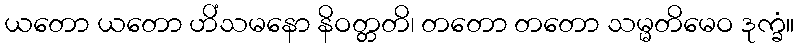
ယတော ယတော ဟိံသမနော နိဝတ္တတိ၊ တတော တတော သမ္မတိမေဝ ဒုက္ခံ။